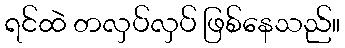
ရင်ထဲ တလှပ်လှပ် ဖြစ်နေသည်။